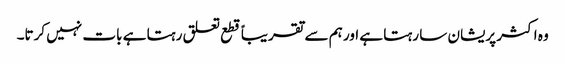
وہ اکثر پریشان سا رہتا ہے اور ہم سے تقریباً قطع تعلق رہتا ہے بات نہیں کرتا۔